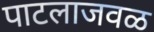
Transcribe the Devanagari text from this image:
पाटलाजवळ